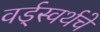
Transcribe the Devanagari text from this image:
वर्ड्‌स्वर्थचे